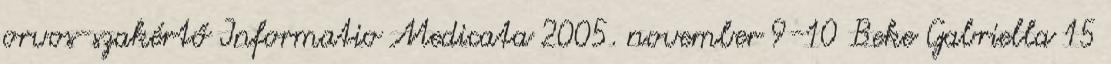
orvos-szakértő Informatio Medicata 2005. november 9-10 Beke Gabriella 15